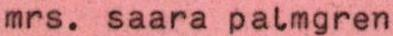
mrs. saara palmgren